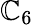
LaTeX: \mathbb{C}_{6}